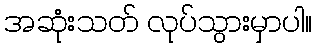
အဆုံးသတ် လုပ်သွားမှာပါ။